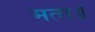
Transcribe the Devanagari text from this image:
मता॥